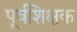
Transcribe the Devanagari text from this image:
पूर्वशिक्षक